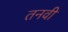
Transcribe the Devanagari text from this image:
तनवी